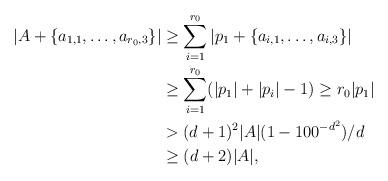
LaTeX: \begin{align*} |A + \{ a_{1,1}, \dots, a_{r_0,3}\}| & \geq \sum_{i=1}^{r_0} |p_1 + \{ a_{i,1}, \dots, a_{i,3}\}| \\ & \geq \sum_{i=1}^{r_0} (|p_1| + |p_i| - 1) \geq r_0 |p_1| \\ & > (d+1)^2 |A|(1 - 100^{-d^2})/d \\ & \geq (d+2)|A|,\end{align*}